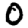
Digit: 0